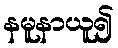
နမူနာယူ၍